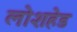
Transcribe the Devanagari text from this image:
लोशहेड